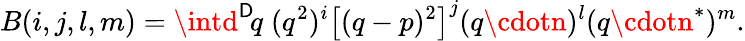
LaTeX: B(i,j,l,m)=\intd^{\mathsf{D}}\! q\; (q^{2})^{i}\left[(q-p)^{2}\right]^{j}(q\cdotn)^{l}(q\cdotn^{*})^{m}.